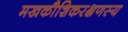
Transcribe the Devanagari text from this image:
मखकौशिकरक्षणस्य